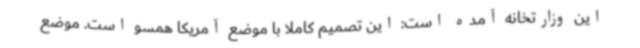
این وزارتخانه آمده است: این تصمیم کاملا با موضع آمریکا همسو است. موضع